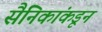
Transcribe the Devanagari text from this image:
सैनिकांकडून